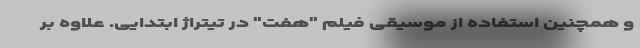
و همچنین استفاده از موسیقی فیلم "هفت" در تیتراژ ابتدایی. علاوه بر